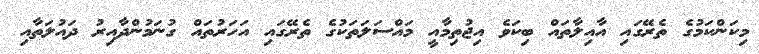
މިކަންކަމުގެ ތެރޭގައި އާއިލާތައް ބިކަވެ އިޖުތިމާއީ މައްސަލަތަކުގެ ތެރޭގައި އަހަރުތައް ގުނަމުންދާއިރު ދައުލަތާއި